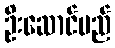
ဦးဆောင်မည်